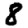
Digit: 8